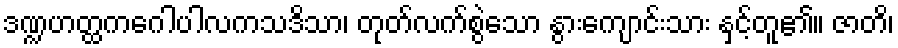
ဒဏ္ဍဟတ္ထကဂေါပါလကသဒိသာ၊ တုတ်လက်စွဲသော နွားကျောင်းသား နှင့်တူ၏။ ဇာတိ၊